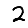
Digit: 2